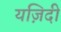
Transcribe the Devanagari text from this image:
यज़िदी